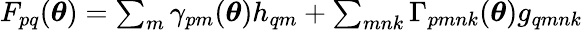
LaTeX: \begin{array}{r}{F_{pq}({\boldsymbol{\theta}})=\sum_{m}\gamma_{pm}({\boldsymbol{\theta}})h_{qm}+\sum_{mnk}\Gamma_{pmnk}({\boldsymbol{\theta}})g_{qmnk}}\end{array}